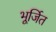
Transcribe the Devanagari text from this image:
भूर्जित